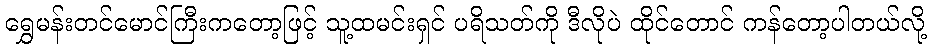
ရွှေမန်းတင်မောင်ကြီးကတော့ဖြင့် သူ့ထမင်းရှင် ပရိသတ်ကို ဒီလိုပဲ ထိုင်တောင် ကန်တော့ပါတယ်လို့